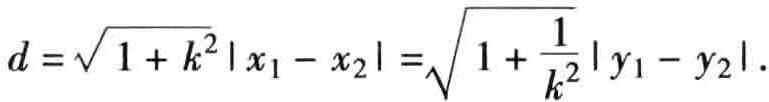
\(d = \sqrt{1 + k^{2}}|x_{1} - x_{2}|=\sqrt{1 + \frac{1}{k^{2}}}|y_{1} - y_{2}|.\)